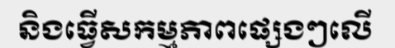
និងធ្វើសកម្មភាពផ្សេងៗលើ